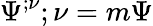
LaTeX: \Psi^{;\nu}{}{;\nu}=m\Psi